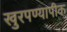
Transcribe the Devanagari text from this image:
खुरपण्यापीक